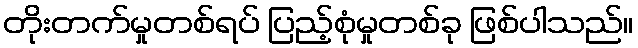
တိုးတက်မှုတစ်ရပ် ပြည့်စုံမှုတစ်ခု ဖြစ်ပါသည်။